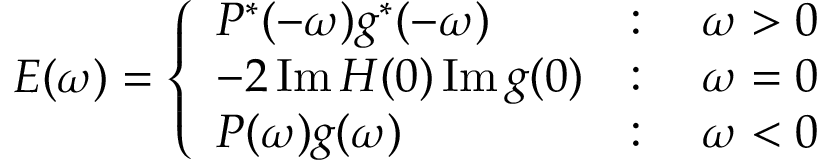
E ( \omega ) = \left\{ \begin{array} { l l } { P ^ { * } ( - \omega ) g ^ { * } ( - \omega ) } & { : \quad \omega > 0 } \\ { - 2 \operatorname { I m } H ( 0 ) \operatorname { I m } g ( 0 ) } & { : \quad \omega = 0 } \\ { P ( \omega ) g ( \omega ) } & { : \quad \omega < 0 } \end{array} \right.